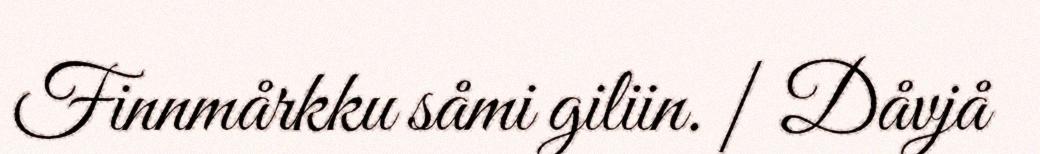
Finnmårkku såmi giliin. | Dåvjå